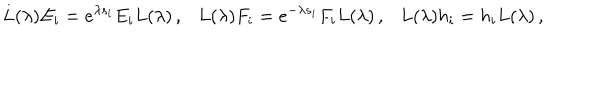
L ( \lambda ) E _ { i } = e ^ { \lambda s _ { i } } E _ { i } L ( \lambda ) \, , L ( \lambda ) F _ { i } = e ^ { - \lambda s _ { i } } F _ { i } L ( \lambda ) \, , L ( \lambda ) h _ { i } = h _ { i } L ( \lambda ) \, ,